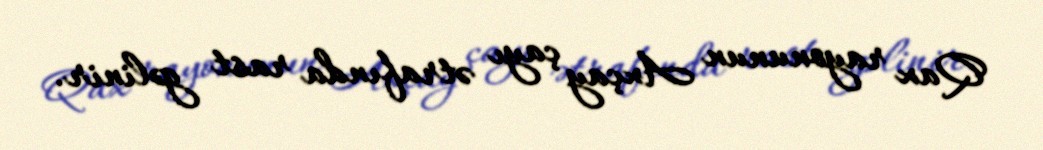
Qax rayonunun Axçay çayı ətrafında rast gəlinir.